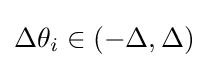
\Delta \theta _{i}\in (-\Delta ,\Delta )